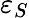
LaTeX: \varepsilon_{S}